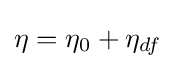
\eta =\eta _{0}+\eta _{df}